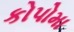
કોપોમા